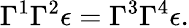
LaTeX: \Gamma^{1}\Gamma^{2}\epsilon=\Gamma^{3}\Gamma^{4}\epsilon.